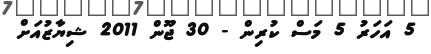
5 އަހަރު 5 މަސް ކުރިން - 30 ޖޫން 2011 ޝިޔާޒުއަށް